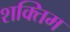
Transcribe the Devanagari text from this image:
शक्तिम